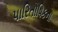
પારિતોષિકના